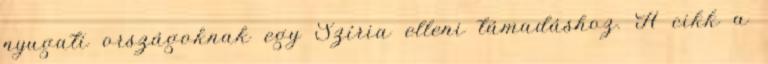
nyugati országoknak egy Szíria elleni támadáshoz. A cikk a